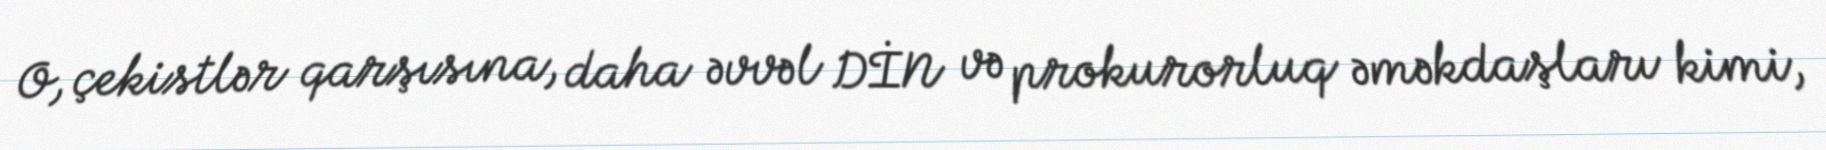
O, çekistlər qarşısına, daha əvvəl DİN və prokurorluq əməkdaşları kimi,